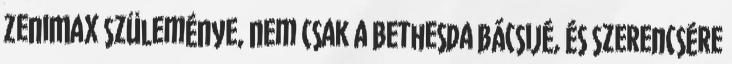
ZeniMax szüleménye, nem csak a Bethesda bácsijé, és szerencsére